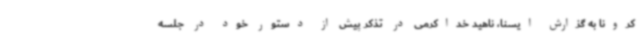
کرونا به گزارش ایسنا، ناهید خداکرمی در تذکر پیش از دستور خود در جلسه